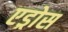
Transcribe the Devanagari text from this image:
एड्रोस